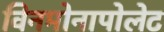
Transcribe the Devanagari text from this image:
विनमोनापोलेट